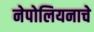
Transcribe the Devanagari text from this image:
नेपोलियनाचे